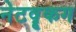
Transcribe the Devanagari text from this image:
नेटवॄकग